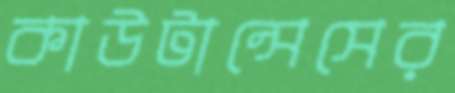
কাউটান্সেসের